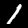
Digit: 1